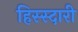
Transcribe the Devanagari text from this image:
हिस्स्दारी